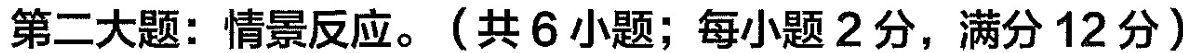
第二大题: 情景反应. (共 6小题; 每小题 2 分, 满分12 分)